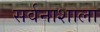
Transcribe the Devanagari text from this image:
सर्वनाशाला